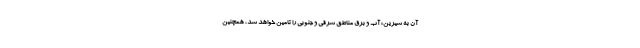
آن به شیرین؛ آب و برق مناطق شرقی و جنوبی را تامین خواهد شد، همچنین